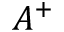
A ^ { + }